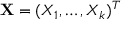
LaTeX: \mathbf { X } = ( X _ { 1 } , \ldots , X _ { k } ) ^ { T }